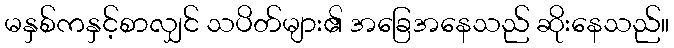
မနှစ်ကနှင့်စာလျှင် သပိတ်များ၏ အခြေအနေသည် ဆိုးနေသည်။